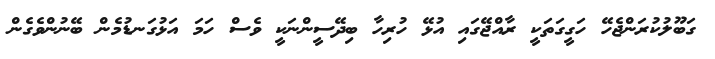
ގަބޫލުކުރަންޖެހޭ ހަގީގަތަކީ ރާއްޖޭގައި އުޅޭ ހުރިހާ ބިދޭސީންނަކީ ވެސް ހަމަ އަޅުގަނޑުމެން ބޭނުންވެގެން